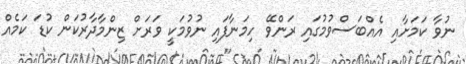
ނުވާ ކަމަށާއި އެއްބަސްވުމުގައި ރަންވޭ ހިމަނާފައި ނުވުމަކީ ވަރަށް ޒިންމާދާރުކަން ކުޑަ ކަމެއް